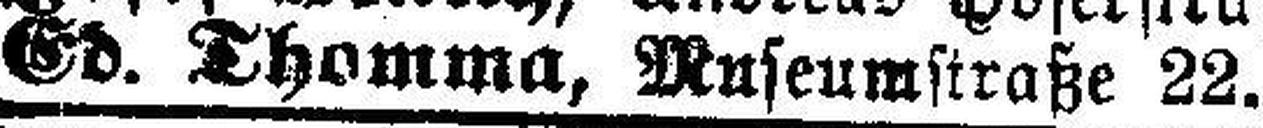
Ed. Thomma, Museumstraße 22.